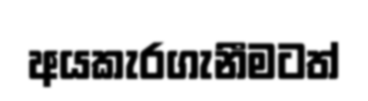
අයකැරගැනීමටත්